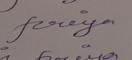
Signature authenticity: genuine